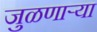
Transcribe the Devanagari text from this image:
जुळणार्‍या